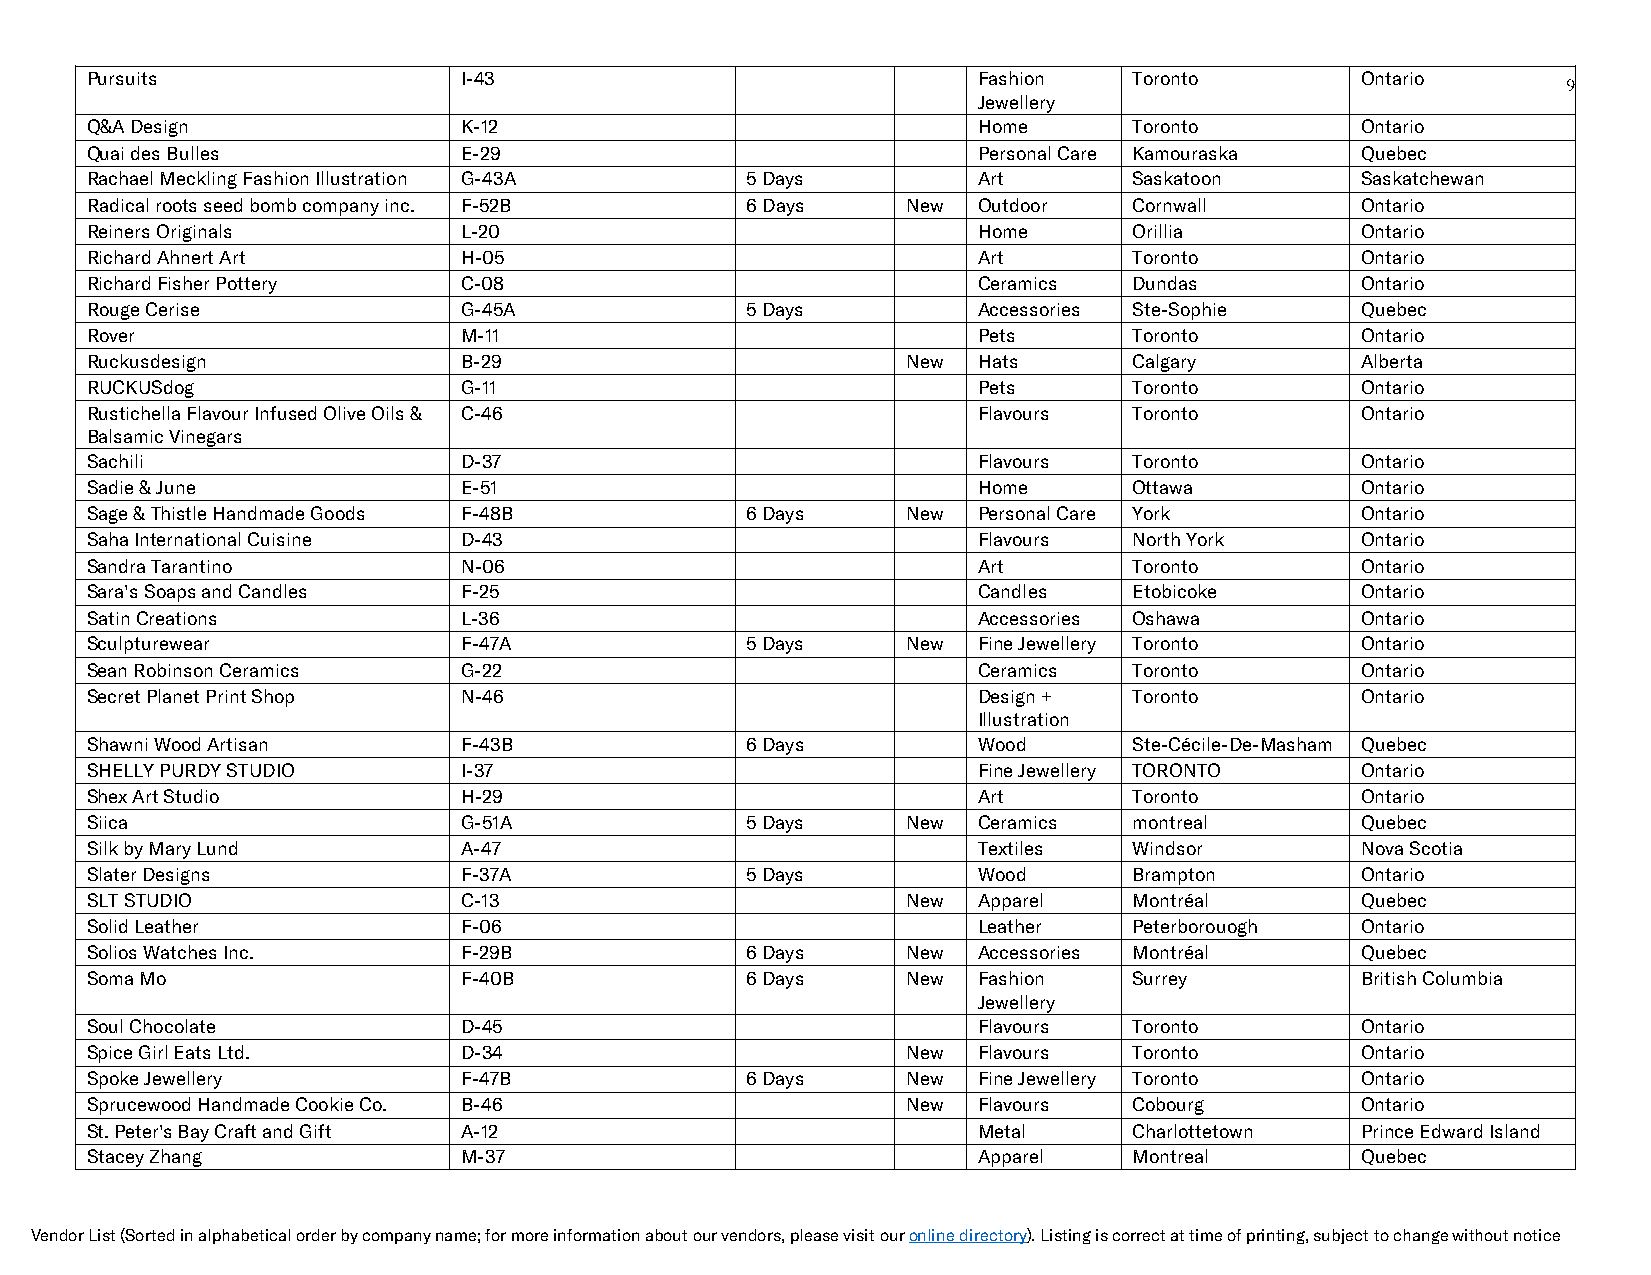
Pursuits                I-43                               Fashion   Toronto        Ontario
 9
 Jewellery
 Q&A Design              K-12                               Home      Toronto        Ontario
 Quai des Bulles         E-29                               Personal Care Kamouraska Quebec
 Rachael Meckling Fashion Illustration G-43A 5 Days         Art       Saskatoon      Saskatchewan
 Radical roots seed bomb company inc. F-52B 6 Days     New  Outdoor   Cornwall       Ontario
 Reiners Originals       L-20                               Home      Orillia        Ontario
 Richard Ahnert Art      H-05                               Art       Toronto        Ontario
 Richard Fisher Pottery  C-08                               Ceramics  Dundas         Ontario
 Rouge Cerise            G-45A              5 Days          Accessories Ste-Sophie   Quebec
 Rover                   M-11                               Pets      Toronto        Ontario
 Ruckusdesign            B-29                          New  Hats      Calgary        Alberta
 RUCKUSdog               G-11                               Pets      Toronto        Ontario
 Rustichella Flavour Infused Olive Oils & C-46              Flavours  Toronto        Ontario
 Balsamic Vinegars
 Sachili                 D-37                               Flavours  Toronto        Ontario
 Sadie & June            E-51                               Home      Ottawa         Ontario
 Sage & Thistle Handmade Goods F-48B        6 Days     New  Personal Care York       Ontario
 Saha International Cuisine D-43                            Flavours  North York     Ontario
 Sandra Tarantino        N-06                               Art       Toronto        Ontario
 Sara's Soaps and Candles F-25                              Candles   Etobicoke      Ontario
 Satin Creations         L-36                               Accessories Oshawa       Ontario
 Sculpturewear           F-47A              5 Days     New  Fine Jewellery Toronto   Ontario
 Sean Robinson Ceramics  G-22                               Ceramics  Toronto        Ontario
 Secret Planet Print Shop N-46                              Design +  Toronto        Ontario
 Illustration
 Shawni Wood Artisan     F-43B              6 Days          Wood      Ste-Cécile-De-Masham Quebec
 SHELLY PURDY STUDIO     I-37                               Fine Jewellery TORONTO   Ontario
 Shex Art Studio         H-29                               Art       Toronto        Ontario
 Siica                   G-51A              5 Days     New  Ceramics  montreal       Quebec
 Silk by Mary Lund       A-47                               Textiles  Windsor        Nova Scotia
 Slater Designs          F-37A              5 Days          Wood      Brampton       Ontario
 SLT STUDIO              C-13                          New  Apparel   Montréal       Quebec
 Solid Leather           F-06                               Leather   Peterborouogh  Ontario
 Solios Watches Inc.     F-29B              6 Days     New  Accessories Montréal     Quebec
 Soma Mo                 F-40B              6 Days     New  Fashion   Surrey         British Columbia
 Jewellery
 Soul Chocolate          D-45                               Flavours  Toronto        Ontario
 Spice Girl Eats Ltd.    D-34                          New  Flavours  Toronto        Ontario
 Spoke Jewellery         F-47B              6 Days     New  Fine Jewellery Toronto   Ontario
 Sprucewood Handmade Cookie Co. B-46                   New  Flavours  Cobourg        Ontario
 St. Peter's Bay Craft and Gift A-12                        Metal     Charlottetown  Prince Edward Island
 Stacey Zhang            M-37                               Apparel   Montreal       Quebec
 Vendor List (Sorted in alphabetical order by company name; for more information about our vendors, please visit our online directory). Listing is correct at time of printing, subject to change without notice